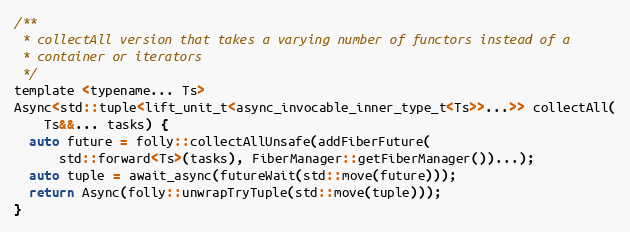
Language: C
/**
 * collectAll version that takes a varying number of functors instead of a
 * container or iterators
 */
template <typename... Ts>
Async<std::tuple<lift_unit_t<async_invocable_inner_type_t<Ts>>...>> collectAll(
    Ts&&... tasks) {
  auto future = folly::collectAllUnsafe(addFiberFuture(
      std::forward<Ts>(tasks), FiberManager::getFiberManager())...);
  auto tuple = await_async(futureWait(std::move(future)));
  return Async(folly::unwrapTryTuple(std::move(tuple)));
}